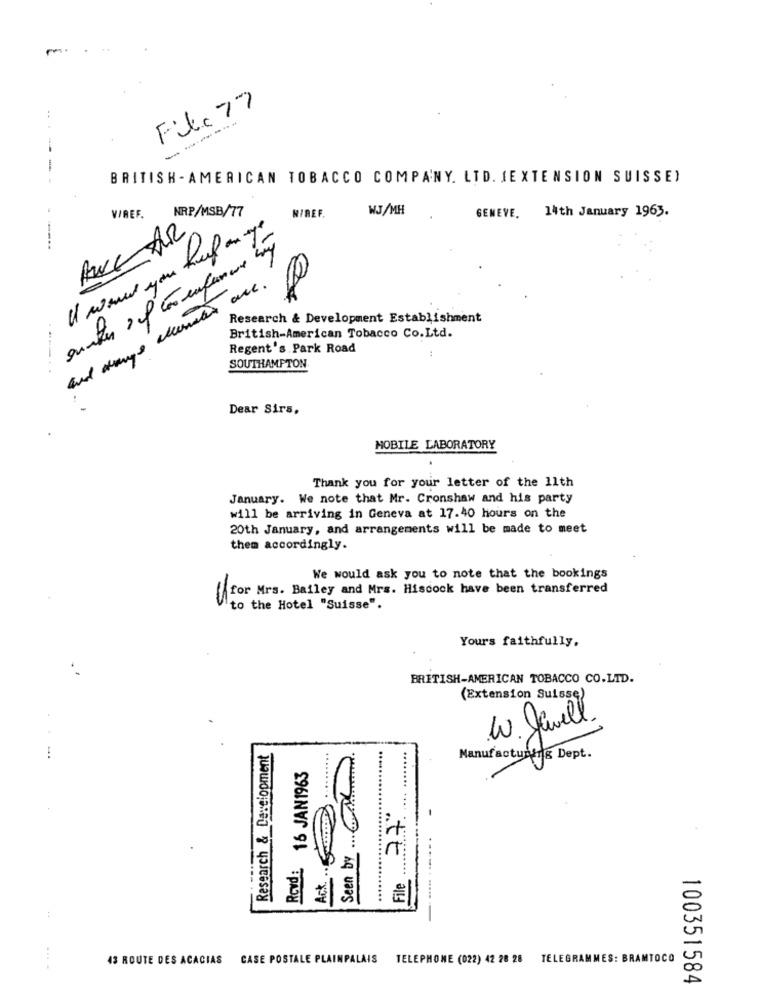
File 77
BRITISH - AMERICAN TOBACCO COMPANY. LTD. IEXTENSION SUISSE)
VIREF.
NRP/MSB/77
WJ/MH
GENEVE. 14th January 1963.
RIREF.
I would you
and mange allenates one .
Research & Development Establishment
British-American Tobacco Co.Ltd.
Regent's Park Road
SOUTHAMPTON
Dear Sirs.
MOBILE LABORATORY
Thank you for your letter of the 11th
January. We note that Mr. Cronshaw and his party
will be arriving in Geneva at 17.40 hours on the
20th January, and arrangements will be made to meet
them accordingly.
We would ask you to note that the bookings
fffor Mrs. Bailey and Mrs. Hiscock have been transferred
to the Hotel "Suisse".
Yours faithfully.
BRITISH-AMERICAN TOBACCO CO.LTD.
(Extension Suisse
W.Jawell
Research & Development
Manufacturing Dept.
Rovd: 16 JAN1963
Seen by AL
Ack ...
77º
.-. .....
File .
....
43 ROUTE DES ACACIAS CASE POSTALE PLAINPALAIS TELEPHONE (022) 42 28 28 TELEGRAMMES: BRAMTOCO
100351584